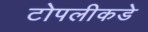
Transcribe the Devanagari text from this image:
टोपलीकडे